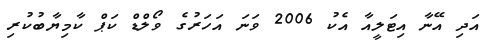
އަދި އޭނާ އިޓަލީއާ އެކު 2006 ވަނަ އަހަރުގެ ވޯލްޑް ކަޕް ކާމިޔާބުކުރި